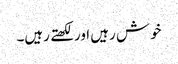
خوش رہیں اور لکھتے رہیں۔